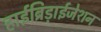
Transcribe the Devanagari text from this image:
हाईब्रिड़ाईजेशन